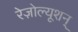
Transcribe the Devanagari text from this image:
रेज़ोल्यूशन्